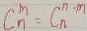
C _ { n } ^ { m } = C _ { n } ^ { n - m }